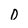
Character: 0